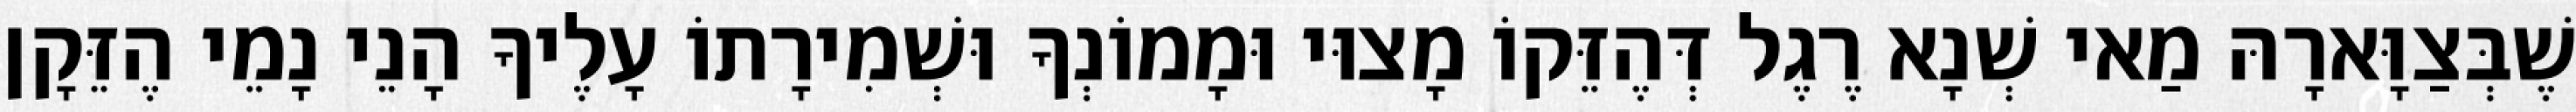
שֶׁבְּצַוָּארָהּ מַאי שְׁנָא רֶגֶל דְּהֶזֵּקוֹ מָצוּי וּמָמוֹנְךָ וּשְׁמִירָתוֹ עָלֶיךָ הָנֵי נָמֵי הֶזֵּקָן